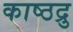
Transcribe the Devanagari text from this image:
काष्ठद्रु